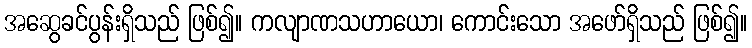
အဆွေခင်ပွန်းရှိသည် ဖြစ်၍။ ကလျာဏသဟာယော၊ ကောင်းသော အဖော်ရှိသည် ဖြစ်၍။